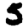
Digit: 5